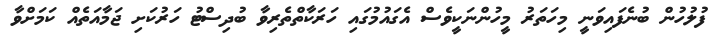
ފުލުހުން ބުނެފައިވަނީ މިހަތަރު މީހުންނަކީވެސް އެގައުމުގައި ހަރަކާތްތެރިވާ ބުދިސްޓު ހަރުކަށި ޖަމާއަތެއް ކަމަށްވާ